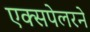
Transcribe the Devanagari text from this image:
एक्सपेलरने